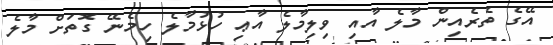
އޭގެ ތެރެއިން މާލެ އާއި ވިލިމާލެ އާޢި ހުޅުމާލެ ހިމެނޭ ގޮތަށް މާލެ